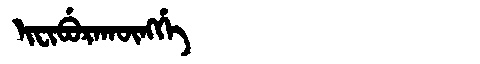
Manchu: ᡳᠸᡳᠪᡠᡵᠠᡴᡡᠩᡤᡝ
Romanization: IFIBURAKŪNGGE